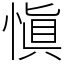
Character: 愼